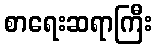
စာရေးဆရာကြီး